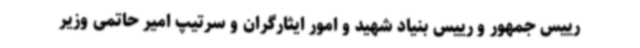
رییس جمهور و رییس بنیاد شهید و امور ایثارگران و سرتیپ امیر حاتمی وزیر